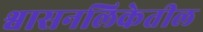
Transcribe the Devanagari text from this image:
श्वासनलिकेतील